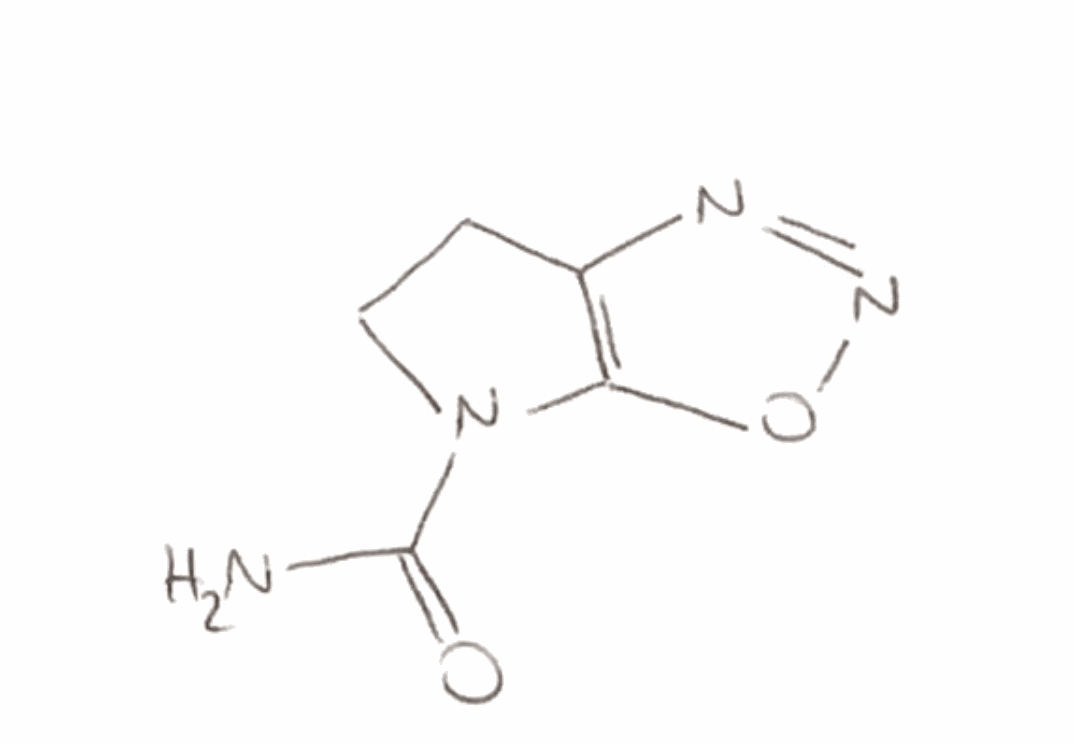
Simplified molecular-input line-entry system (SMILES) notation of the given molecule:
C1CN(C2=C1N=NO2)C(=O)N